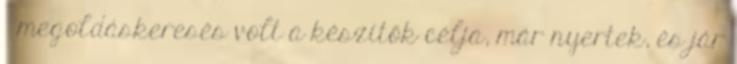
megoldáskeresés volt a készítők célja, már nyertek, és jár